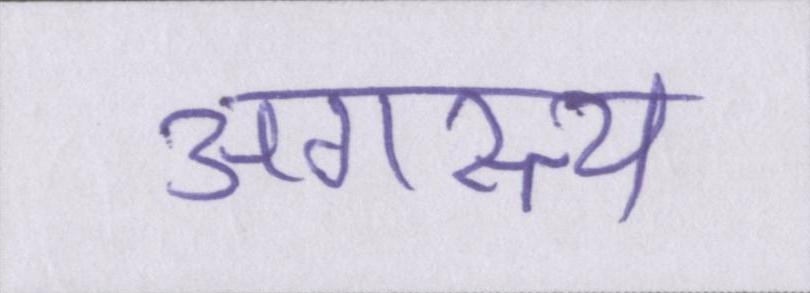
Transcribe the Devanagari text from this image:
अगस्त्य